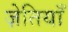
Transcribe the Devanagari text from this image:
ज़ेतियाँ